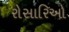
રોસારિઓ